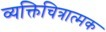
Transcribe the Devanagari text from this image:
व्यक्तिचित्रात्मक